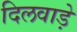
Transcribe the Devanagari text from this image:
दिलवाड़े